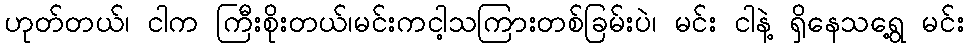
ဟုတ်တယ်၊ ငါက ကြီးစိုးတယ်၊မင်းကငါ့သကြားတစ်ခြမ်းပဲ၊ မင်း ငါနဲ့ ရှိနေသရွေ့ မင်း